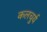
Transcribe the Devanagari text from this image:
कलचुर्य